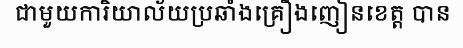
ជាមួយការិយាល័យប្រឆាំងគ្រឿងញៀនខេត្ត បាន